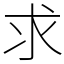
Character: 求